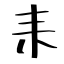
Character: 耒